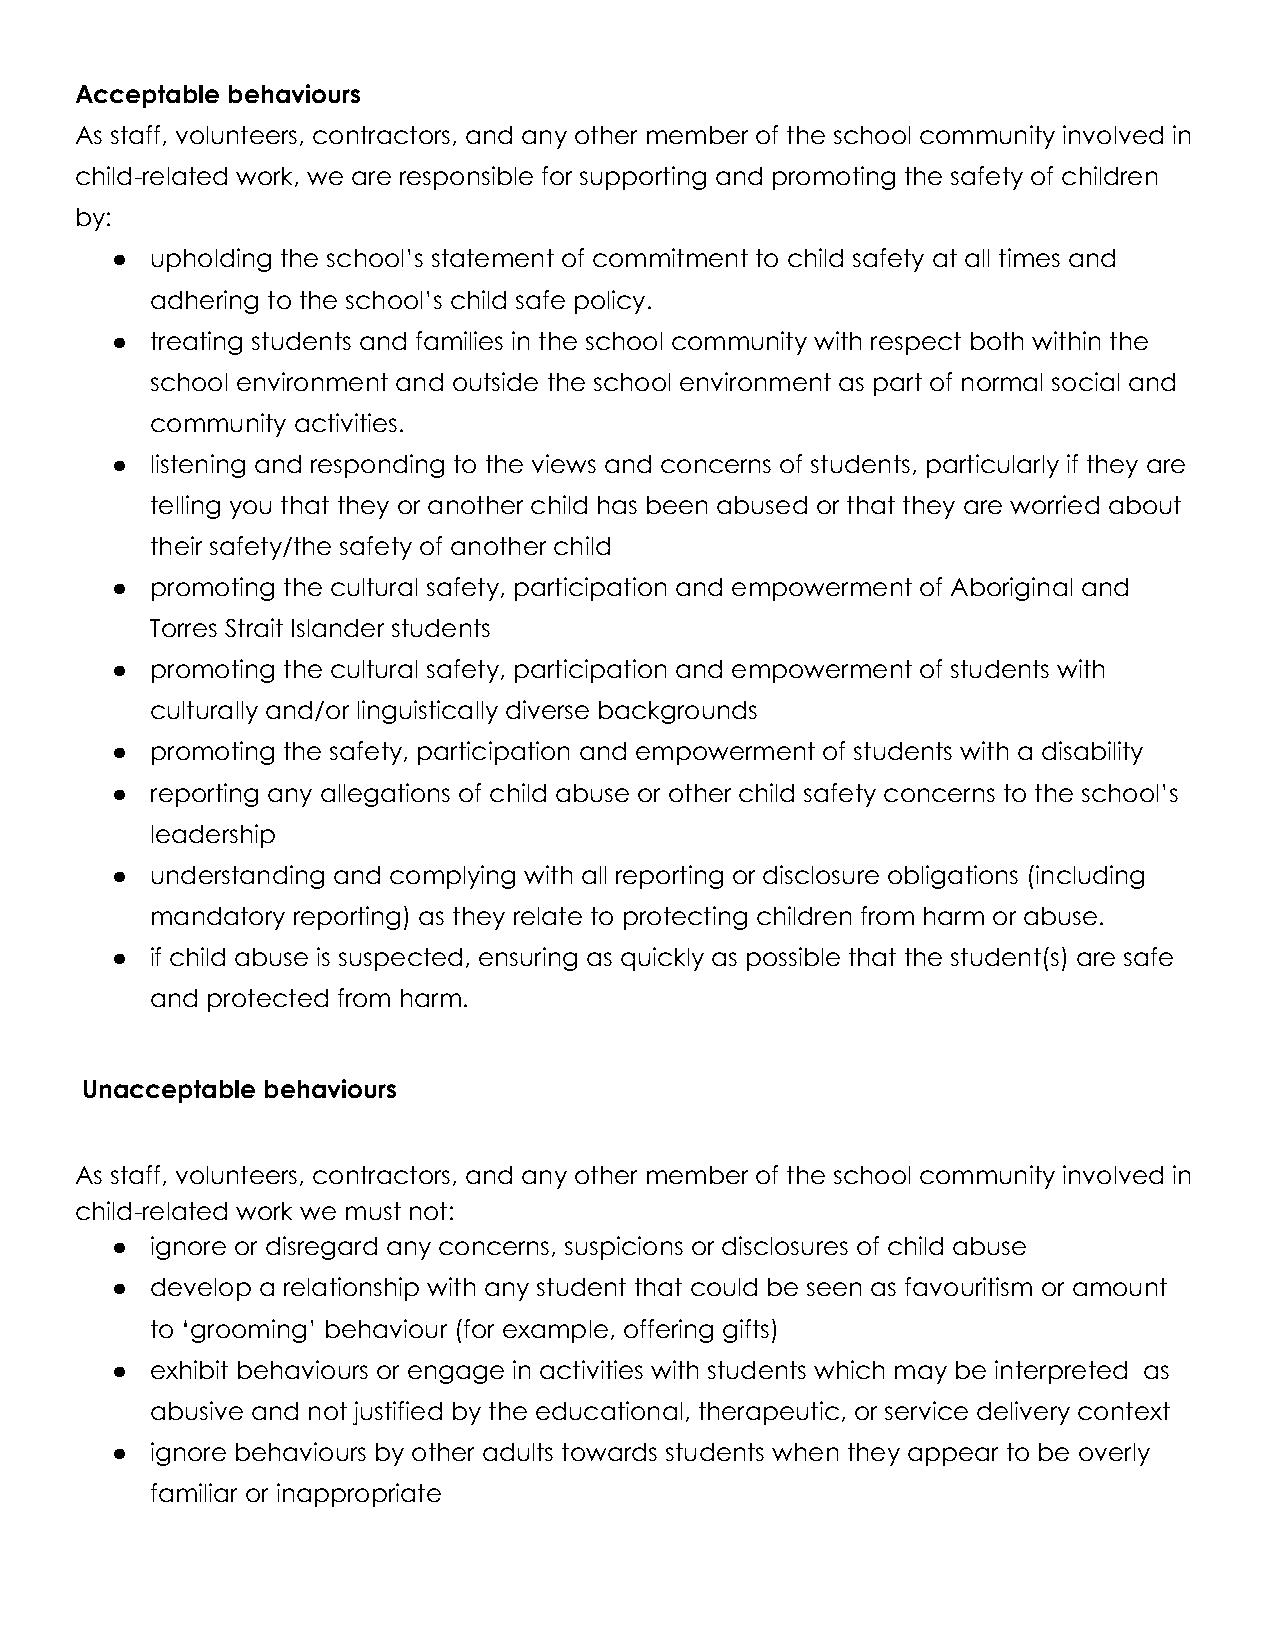
Acceptable behaviours
 As staff, volunteers, contractors, and any other member of the school community involved in
 child-related work, we are responsible for supporting and promoting the safety of children
 by:
 ●  upholding the school’s statement of commitment to child safety at all times and
 adhering to the school’s child safe policy.
 ●  treating students and families in the school community with respect both within the
 school environment and outside the school environment as part of normal social and
 community activities.
 ●  listening and responding to the views and concerns of students, particularly if they are
 telling you that they or another child has been abused or that they are worried about
 their safety/the safety of another child
 ●  promoting the cultural safety, participation and empowerment of Aboriginal and
 Torres Strait Islander students
 ●  promoting the cultural safety, participation and empowerment of students with
 culturally and/or linguistically diverse backgrounds
 ●  promoting the safety, participation and empowerment of students with a disability
 ●  reporting any allegations of child abuse or other child safety concerns to the school’s
 leadership
 ●  understanding and complying with all reporting or disclosure obligations (including
 mandatory reporting) as they relate to protecting children from harm or abuse.
 ●  if child abuse is suspected, ensuring as quickly as possible that the student(s) are safe
 and protected from harm.
 Unacceptable behaviours
 As staff, volunteers, contractors, and any other member of the school community involved in
 child-related work we must not:
 ●  ignore or disregard any concerns, suspicions or disclosures of child abuse
 ●  develop a relationship with any student that could be seen as favouritism or amount
 to ‘grooming’ behaviour (for example, offering gifts)
 ●  exhibit behaviours or engage in activities with students which may be interpreted as
 abusive and not justified by the educational, therapeutic, or service delivery context
 ●  ignore behaviours by other adults towards students when they appear to be overly
 familiar or inappropriate